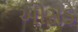
ઓસડ